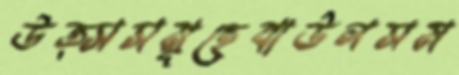
উত্সসমূহেবাউলসম